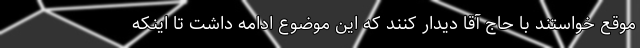
موقع خواستند با حاج آقا دیدار کنند که این موضوع ادامه داشت تا اینکه